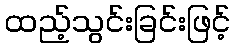
ထည့်သွင်းခြင်းဖြင့်